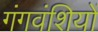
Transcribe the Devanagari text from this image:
गंगवंशियों